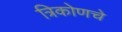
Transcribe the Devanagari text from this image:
त्रिकोणचे